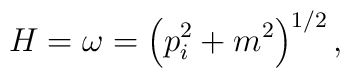
H=\omega=\left({p}_{i}^2+m^2\right)^{1/2},